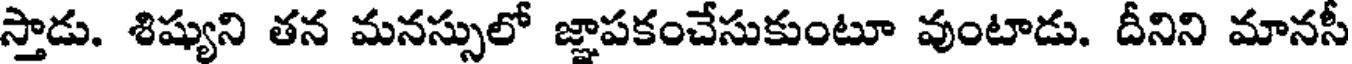
స్తాడు. శిష్యుని తన మనస్సులో జ్ఞాపకంచేసుకుంటూ వుంటాడు. దీనిని మానసీ